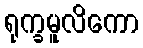
ရုက္ခမူလိကော